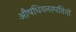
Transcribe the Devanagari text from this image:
औषधिवनस्पतियों